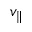
v _ { \parallel }